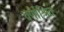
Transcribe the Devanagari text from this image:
वर्णाश्रित